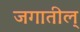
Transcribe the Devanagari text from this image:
जगातील्